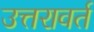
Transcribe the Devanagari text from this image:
उत्तरावर्त